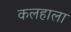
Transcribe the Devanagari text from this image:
कलहाला